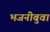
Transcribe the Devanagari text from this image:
भजनीबुवा